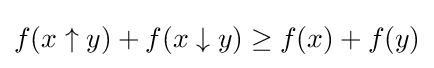
f(x\uparrow y)+f(x\downarrow y)\geq f(x)+f(y)